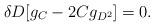
LaTeX: \begin{align*}\delta D[g_C-2Cg_{D^2}]=0.\end{align*}